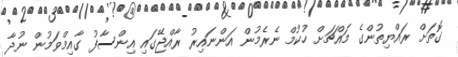
ގޮތަށް ރައްޔިތުންގެ މައްޗަށް ހުކުމް ނެރެމުން އަންނައިރު ރާއްޖޭގައި އިންސާފު ގާއިމްވަމުން ނުދާ